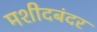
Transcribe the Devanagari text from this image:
मशीदबंदर